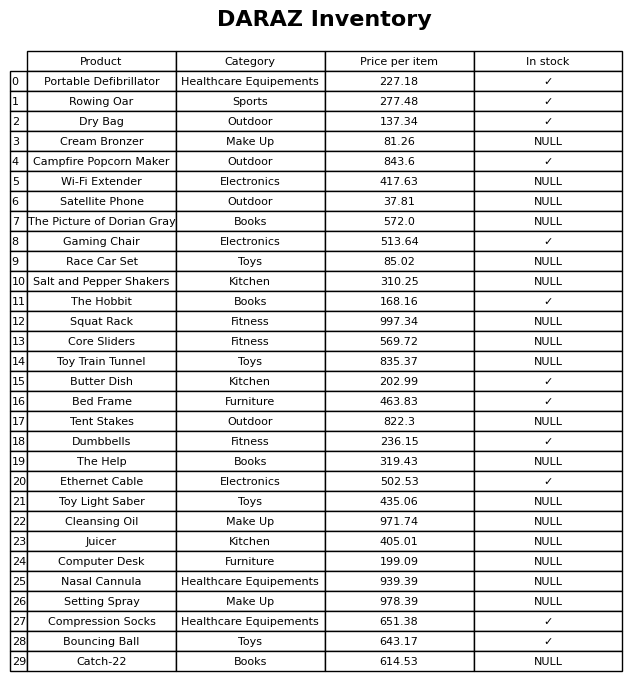
question: What is the price for Core Sliders?
answer: The price of Core Sliders is 569.72.